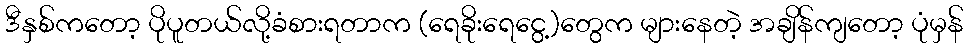
ဒီနှစ်ကတော့ ပိုပူတယ်လို့ခံစားရတာက (ရေခိုးရေငွေ့)တွေက များနေတဲ့ အချိန်ကျတော့ ပုံမှန်